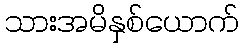
သားအမိနှစ်ယောက်